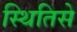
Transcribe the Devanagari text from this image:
स्थितिसे